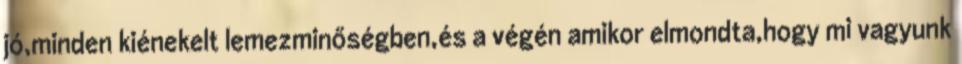
jó,minden kiénekelt lemezminőségben,és a végén amikor elmondta,hogy mi vagyunk